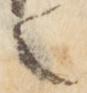
之